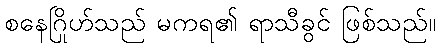
စနေဂြိုဟ်သည် မကရ၏ ရာသီခွင် ဖြစ်သည်။